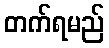
တက်ရမည်